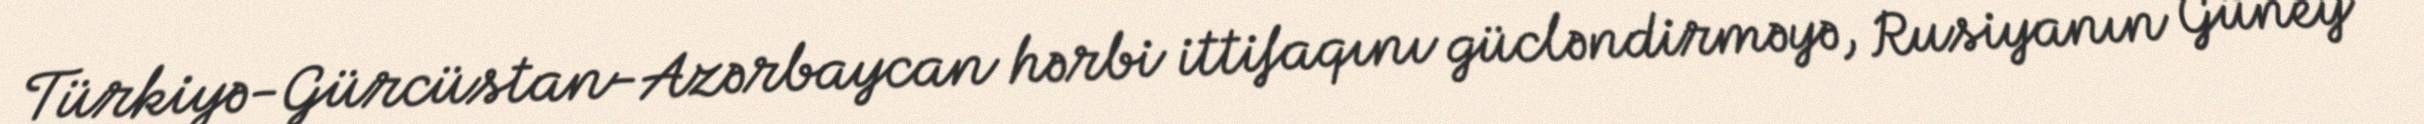
Türkiyə-Gürcüstan-Azərbaycan hərbi ittifaqını gücləndirməyə, Rusiyanın Güney